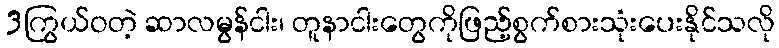
3ကြွယ်ဝတဲ့ ဆာလမွန်ငါး၊ တူနာငါးတွေကိုဖြည့်စွက်စားသုံးပေးနိုင်သလို